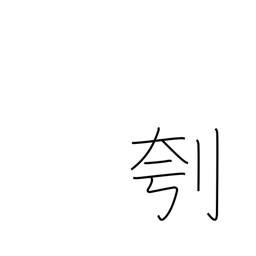
Meaning: clear